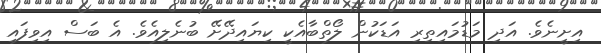
އިށީނެވެ. އަދި މަޑުމައިތިރި އަޑަކުން ލޯތްބާއެކީ ކިޔައިދޭށޭ ބުނެލިއެވެ. އެ ބަސް އިވިފައި